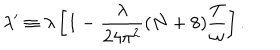
LaTeX: \lambda ^ { \prime } \equiv \lambda \left[ 1 - \frac { \lambda } { 2 4 \pi ^ { 2 } } ( N + 8 ) \frac { T } { \omega } \right] .